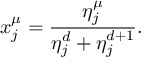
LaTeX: x _ { j } ^ { \mu } = \frac { \eta _ { j } ^ { \mu } } { \eta _ { j } ^ { d } + \eta _ { j } ^ { d + 1 } } .